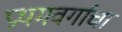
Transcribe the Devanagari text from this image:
प्रथमवर्गाचा